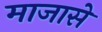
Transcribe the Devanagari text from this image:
माजासे